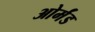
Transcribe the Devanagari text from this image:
ओर्मंड